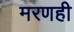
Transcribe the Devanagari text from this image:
मरणही